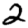
Digit: 2